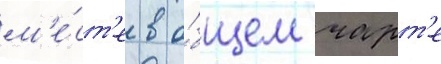
м'е́ст'е в о́бщем чарт'е